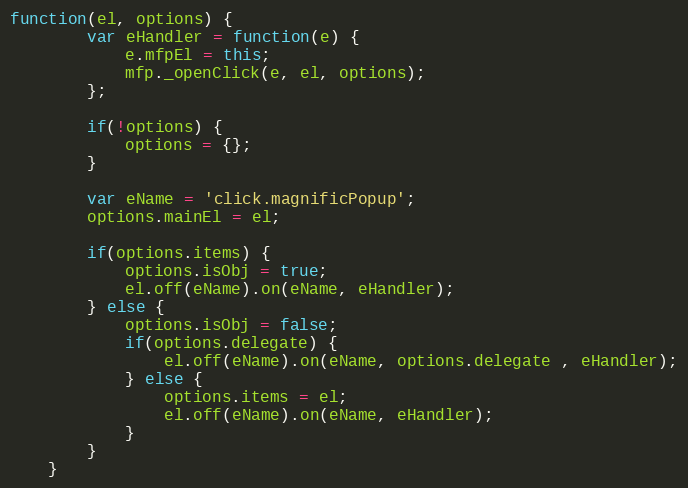
Language: JavaScript
function(el, options) {
		var eHandler = function(e) {
			e.mfpEl = this;
			mfp._openClick(e, el, options);
		};

		if(!options) {
			options = {};
		}

		var eName = 'click.magnificPopup';
		options.mainEl = el;

		if(options.items) {
			options.isObj = true;
			el.off(eName).on(eName, eHandler);
		} else {
			options.isObj = false;
			if(options.delegate) {
				el.off(eName).on(eName, options.delegate , eHandler);
			} else {
				options.items = el;
				el.off(eName).on(eName, eHandler);
			}
		}
	}